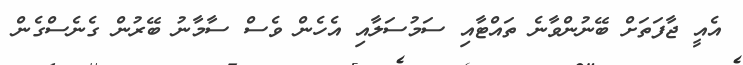
އެއީ ޖާފަތަށް ބޭނުންވާނެ ތައްޓާއި ސަމުސަލާއި އެހެން ވެސް ސާމާނު ބޭރުން ގެނެސްގެން